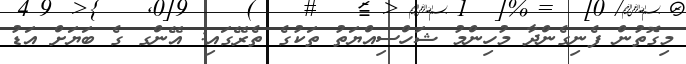
މިގޮތުން ފެނިގެންދާ މުހިންމު ޝަހްސިއްޔަތު ތަކުގެ ތެރޭގައި: އޭންގ ގެ ބަޔަށް އަޑު